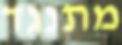
מתנגד